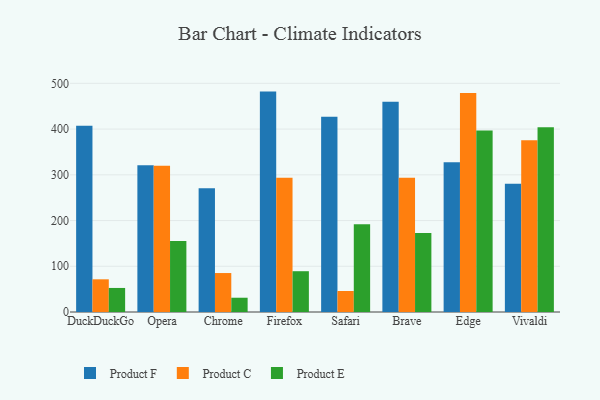
{"axis": {"x": "Browser", "y": "Headcount"}, "legend": ["Product C", "Product E", "Product F"], "data": [{"x": "DuckDuckGo", "y": 407.1, "type": "Product F"}, {"x": "DuckDuckGo", "y": 71.5, "type": "Product C"}, {"x": "DuckDuckGo", "y": 52.6, "type": "Product E"}, {"x": "Opera", "y": 320.7, "type": "Product F"}, {"x": "Opera", "y": 320.1, "type": "Product C"}, {"x": "Opera", "y": 155.4, "type": "Product E"}, {"x": "Chrome", "y": 270.4, "type": "Product F"}, {"x": "Chrome", "y": 85.2, "type": "Product C"}, {"x": "Chrome", "y": 31.2, "type": "Product E"}, {"x": "Firefox", "y": 482.0, "type": "Product F"}, {"x": "Firefox", "y": 293.7, "type": "Product C"}, {"x": "Firefox", "y": 89.2, "type": "Product E"}, {"x": "Safari", "y": 426.9, "type": "Product F"}, {"x": "Safari", "y": 46.0, "type": "Product C"}, {"x": "Safari", "y": 191.8, "type": "Product E"}, {"x": "Brave", "y": 459.8, "type": "Product F"}, {"x": "Brave", "y": 293.5, "type": "Product C"}, {"x": "Brave", "y": 173.0, "type": "Product E"}, {"x": "Edge", "y": 327.4, "type": "Product F"}, {"x": "Edge", "y": 478.9, "type": "Product C"}, {"x": "Edge", "y": 397.0, "type": "Product E"}, {"x": "Vivaldi", "y": 280.4, "type": "Product F"}, {"x": "Vivaldi", "y": 375.6, "type": "Product C"}, {"x": "Vivaldi", "y": 403.9, "type": "Product E"}]}